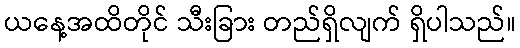
ယနေ့အထိတိုင် သီးခြား တည်ရှိလျက် ရှိပါသည်။